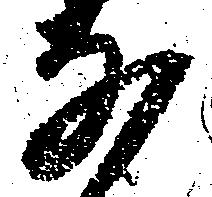
な